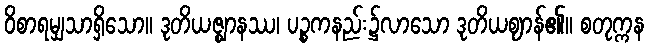
ဝိစာရမျှသာရှိသော။ ဒုတိယဇ္ဈာနဿ၊ ပဉ္စကနည်း၌လာသော ဒုတိယဈာန်၏။ စတုက္ကန